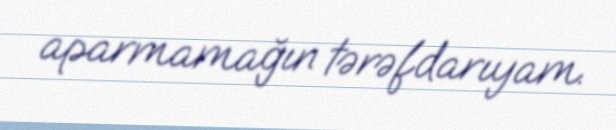
aparmamağın tərəfdarıyam.